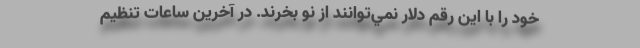
خود را با اين رقم دلار نمي‌توانند از نو بخرند. در آخرين ساعات تنظيم